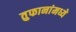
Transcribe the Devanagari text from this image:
तुफानांमध्ये